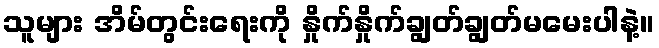
သူများ အိမ်တွင်းရေးကို နှိုက်နှိုက်ချွတ်ချွတ်မမေးပါနဲ့။